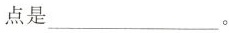
点___。